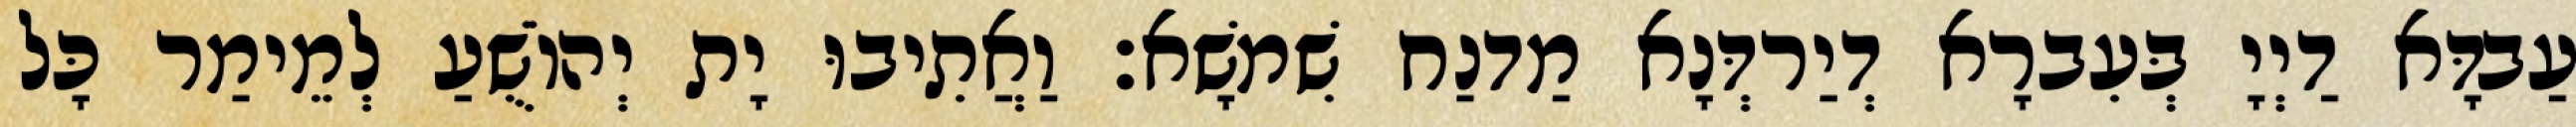
עַבדָּא דַיְיָ בְּעִברָא דְיַרדְּנָא מַדנַח שִׁמשָׁא׃ וַאֲתִיבוּ יָת יְהוֹשֻׁעַ לְמֵימַר כָּל